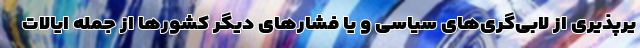
یرپذیری از لابی‌گری‌های سیاسی و یا فشارهای دیگر کشورها از جمله ایالات